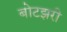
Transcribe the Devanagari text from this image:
बोटझरी